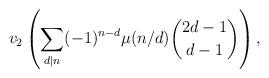
LaTeX: \begin{align*}v_2\left(\sum_{d\mid n}(-1)^{n-d}\mu(n/d)\binom{2d-1}{d-1}\right),\end{align*}